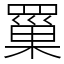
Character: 罺